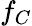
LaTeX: f_{C}